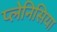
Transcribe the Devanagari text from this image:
प्लेनिसिया